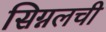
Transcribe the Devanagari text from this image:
सिग्नलची